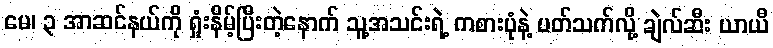
မေ၊ ၃ အာဆင်နယ်ကို ရှုံးနိမ့်ပြီးတဲ့နောက် သူ့အသင်းရဲ့ ကစားပုံနဲ့ ပတ်သက်လို့ ချဲလ်ဆီး ယာယီ